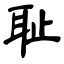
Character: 耻